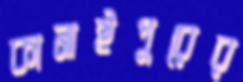
কানাইপুরের